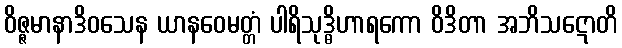
ဝိဇ္ဇမာနာဒိဝသေန ယာနဝေမတ္တံ ပါရိသုဒ္ဓိဟာရကော ဝိဒိတာ အဘိသဋောတိ